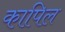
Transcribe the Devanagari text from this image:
कापिल